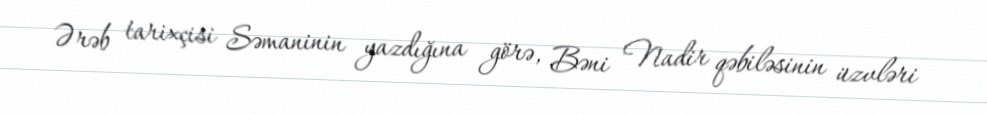
Ərəb tarixçisi Səmaninin yazdığına görə, Bəni Nadir qəbiləsinin üzvləri